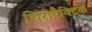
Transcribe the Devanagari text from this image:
चिरोप्रैक्टिक